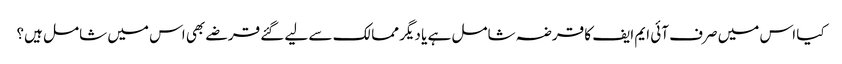
کیا اس میں صرف آئی ایم ایف کا قرضہ شامل ہے یا دیگر ممالک سے لیے گئے قرضے بھی اس میں شامل ہیں؟